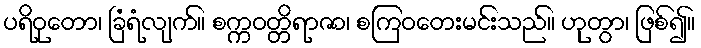
ပရိဝုတော၊ ခြံရံလျက်။ စက္ကဝတ္တိရာဇာ၊ စကြဝတေးမင်းသည်။ ဟုတွာ၊ ဖြစ်၍။